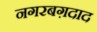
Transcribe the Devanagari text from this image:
नगरबग़दाद